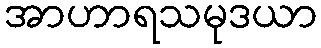
အာဟာရသမုဒယာ